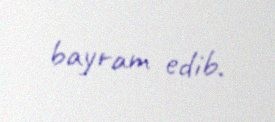
bayram edib.